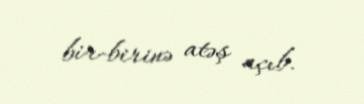
bir-birinə atəş açıb.